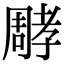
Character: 𡦝